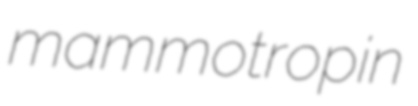
mammotropin